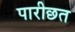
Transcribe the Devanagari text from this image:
पारीछत